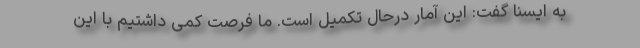
به ایسنا گفت: این آمار درحال تکمیل است. ما فرصت کمی داشتیم با این